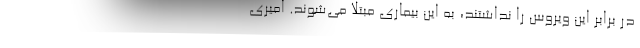
در برابر این ویروس را نداشتند، به این بیماری مبتلا می‌شوند. امیری